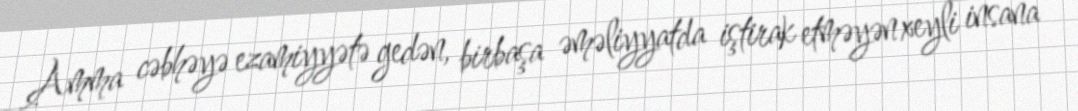
Amma cəbhəyə ezamiyyətə gedən, birbaşa əməliyyatda iştirak etməyən xeyli insana